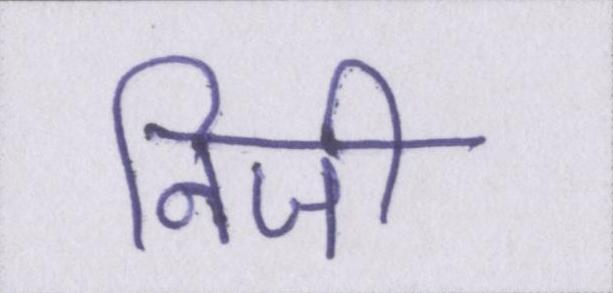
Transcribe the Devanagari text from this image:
निजी